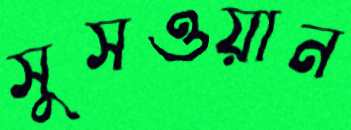
সুসওয়ান